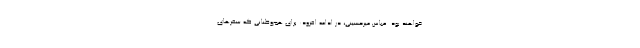
خواهند بود. عباس میرحسینی، در ادامه افزود: برای هم‌وطنانی که سفرهای